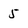
Character: 5